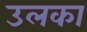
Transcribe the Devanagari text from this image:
उलका